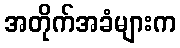
အတိုက်အခံများက